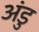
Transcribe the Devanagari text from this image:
अंडु